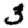
Digit: 3